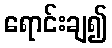
ရောင်းချ၍